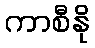
ကာစီနို